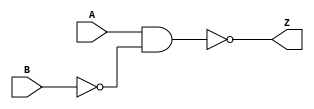
module NANDN
( 
  A, 
  B,
  Z
);
  input A, B;
  output Z;
  assign Z = ~(A&~B);
endmodule